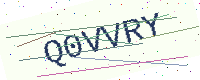
Text: Q0VVRY